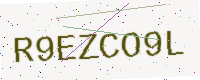
Text: R9EZCO9L